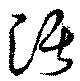
活